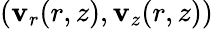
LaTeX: (\mathbf{v}_{r}(r,z),\mathbf{v}_{z}(r,z))